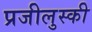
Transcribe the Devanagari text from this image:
प्रजीलुस्की